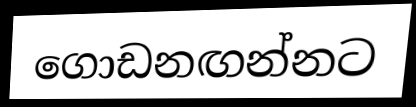
ගොඩනඟන්නට